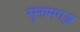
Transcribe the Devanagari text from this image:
सुनामगञ्ज